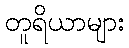
တူရိယာများ